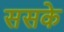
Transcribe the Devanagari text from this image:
ससके